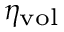
\scriptstyle \eta _ { \mathrm { v o l } }